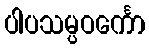
ပါပသမ္ပဝင်္ကော